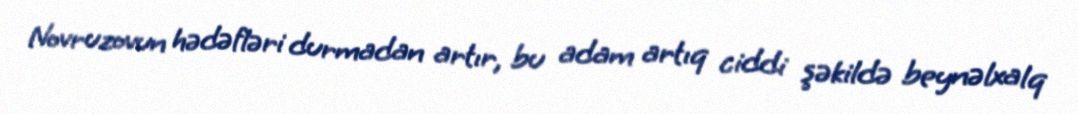
Novruzovun hədəfləri durmadan artır, bu adam artıq ciddi şəkildə beynəlxalq